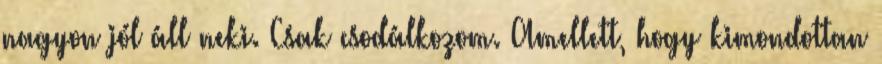
nagyon jól áll neki. Csak csodálkozom. Amellett, hogy kimondottan